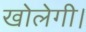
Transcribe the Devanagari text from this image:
खोलेगी।